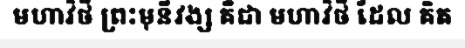
មហាវិថី ព្រះមុនីវង្ស គឺជា មហាវិថី ដែល គិត